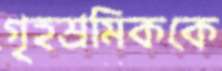
গৃহশ্রমিককে